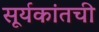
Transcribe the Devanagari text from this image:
सूर्यकांतची